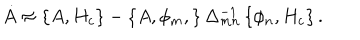
\dot { A } \approx \left\{ A , H _ { c } \right\} - \left\{ A , \phi _ { m } , \right\} \Delta _ { m n } ^ { - 1 } \left\{ \phi _ { n } , H _ { c } \right\} .